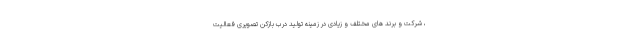
، شرکت و برند های مختلف و زیادی در زمینه تولید درب بازکن تصویری فعالیت